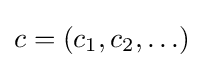
c=\left(c_{1},c_{2},\ldots \right)